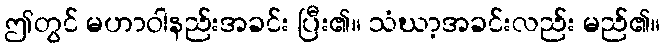
ဤတွင် မဟာဝါနည်းအခင်း ပြီး၏။ သံဃာ့အခင်းလည်း မည်၏။